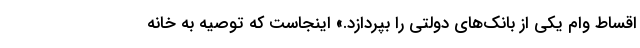
اقساط وام یکی از بانک‌های دولتی را بپردازد.» اینجاست که توصیه به خانه